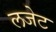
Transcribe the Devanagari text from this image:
लजेट